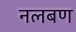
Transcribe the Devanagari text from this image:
नलबण